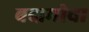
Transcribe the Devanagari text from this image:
बदामीचा